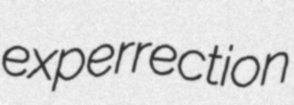
experrection